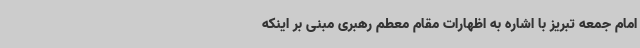
امام جمعه تبریز با اشاره به اظهارات مقام معطم رهبری مبنی بر اینکه